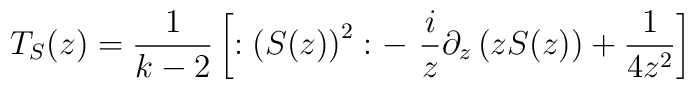
T_S(z)=\frac 1{k-2}\left[ :\left( S(z)\right) ^2:-\,\,\frac iz\partial_z\left( zS(z)\right) +\frac 1{4z^2}\right]